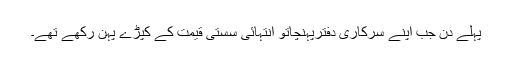
پہلے دن جب اپنے سرکاری دفترپہنچاتو انتہائی سستی قیمت کے کپڑے پہن رکھے تھے۔